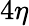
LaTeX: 4\eta